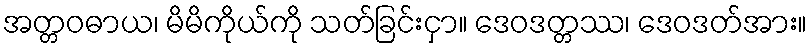
အတ္တဝဓာယ၊ မိမိကိုယ်ကို သတ်ခြင်းငှာ။ ဒေဝဒတ္တဿ၊ ဒေဝဒတ်အား။